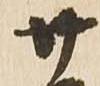
廿